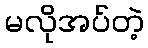
မလိုအပ်တဲ့